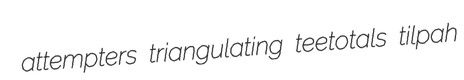
attempters triangulating teetotals tilpah